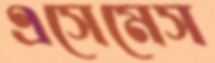
এসেমেস